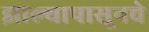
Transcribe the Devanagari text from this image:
झाल्यापासूनचे